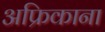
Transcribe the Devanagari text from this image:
अफ्रिकाना